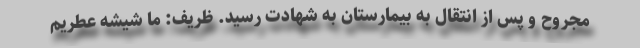
مجروح و پس از انتقال به بیمارستان به شهادت رسید. ظریف: ما شیشه عطریم